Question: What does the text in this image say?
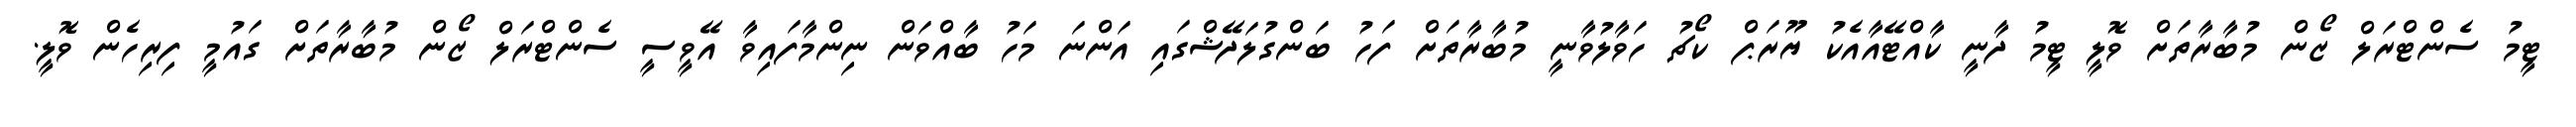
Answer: ޓީމު ސެންޓްރަލް ޒޯން މުބާރާތަށް ވޮލީ ޓީމު ދާނީ ކާއްޓޭއާއެކު ޔޫރަޕް ކޯޗު ހަވާލުވާނީ މުބާރާތަށް ފަހު ބަންގުލަދޭޝްގައި އަންނަ މަހު ބާއްވަން ނިންމާފައިވާ އޭވީސީ ސެންޓްރަލް ޒޯން މުބާރާތަށް ގައުމީ ފިރިހެން ވޮލީ.